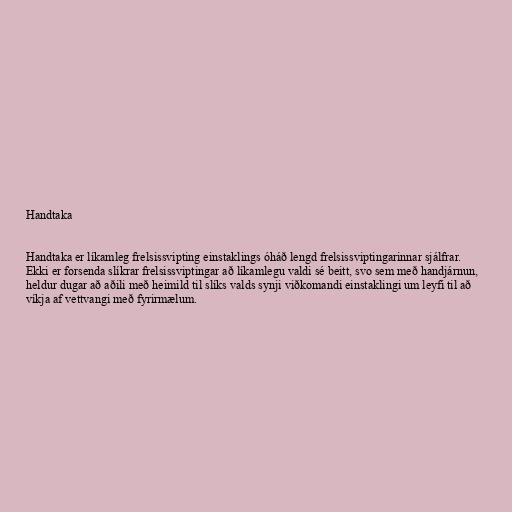
Handtaka

Handtaka er líkamleg frelsissvipting einstaklings óháð lengd frelsissviptingarinnar sjálfrar.
Ekki er forsenda slíkrar frelsissviptingar að líkamlegu valdi sé beitt, svo sem með handjárnun,
heldur dugar að aðili með heimild til slíks valds synji viðkomandi einstaklingi um leyfi til að
víkja af vettvangi með fyrirmælum.